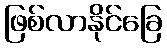
ဖြစ်လာနိုင်ခြေ